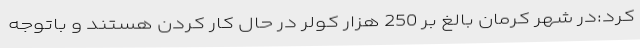
کرد:در شهر کرمان بالغ بر 250 هزار کولر در حال کار کردن هستند و باتوجه